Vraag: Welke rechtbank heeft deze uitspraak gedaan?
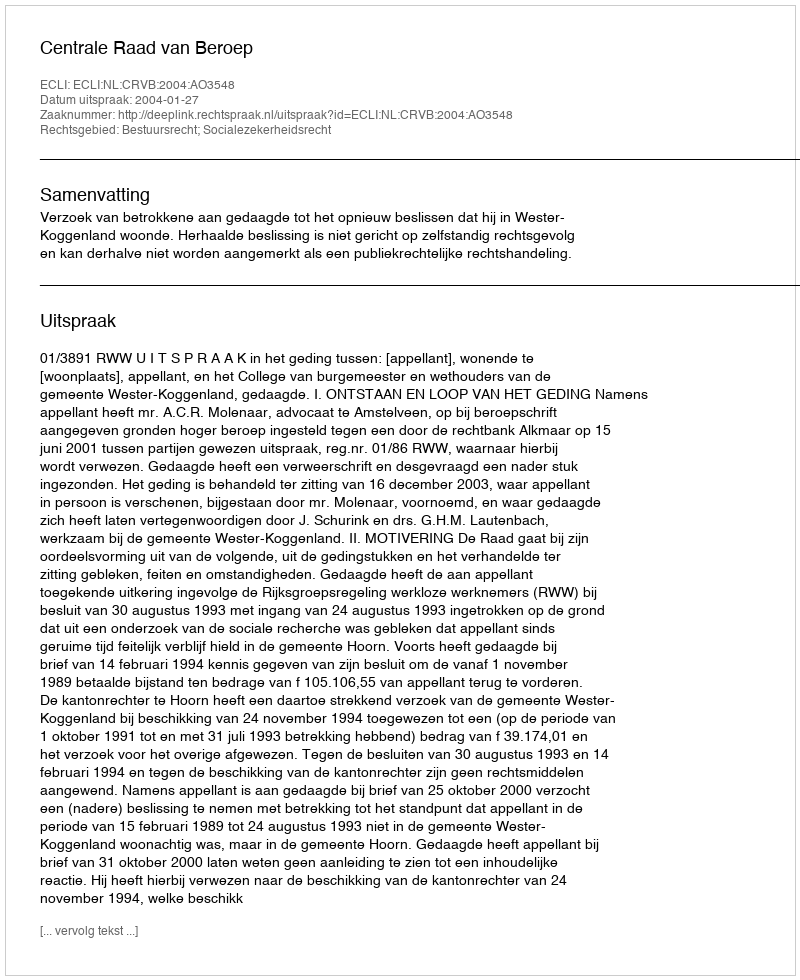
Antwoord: Centrale Raad van Beroep